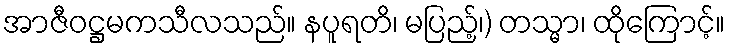
အာဇီဝဋ္ဌမကသီလသည်။ နပူရတိ၊ မပြည့်၊) တသ္မာ၊ ထိုကြောင့်။